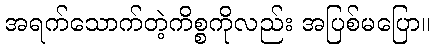
အရက်သောက်တဲ့ကိစ္စကိုလည်း အပြစ်မပြော။